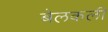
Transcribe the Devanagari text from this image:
बेलकली